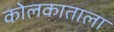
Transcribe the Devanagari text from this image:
कोलकाताला